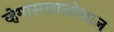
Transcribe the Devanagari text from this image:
व्हेगासखालोखाल